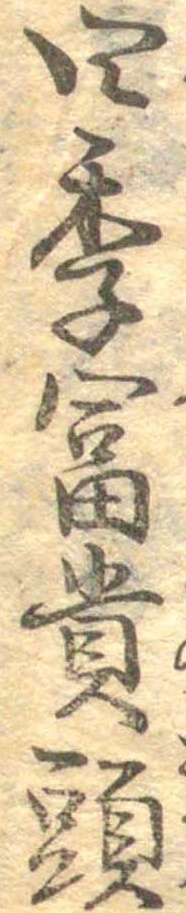
四季富貴頭